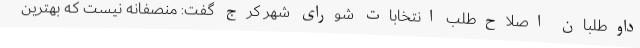
داوطلبان اصلاح‌طلب انتخابات شورای شهر کرج گفت: منصفانه نیست که بهترین